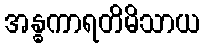
အန္ဓကာရတိမိသာယ